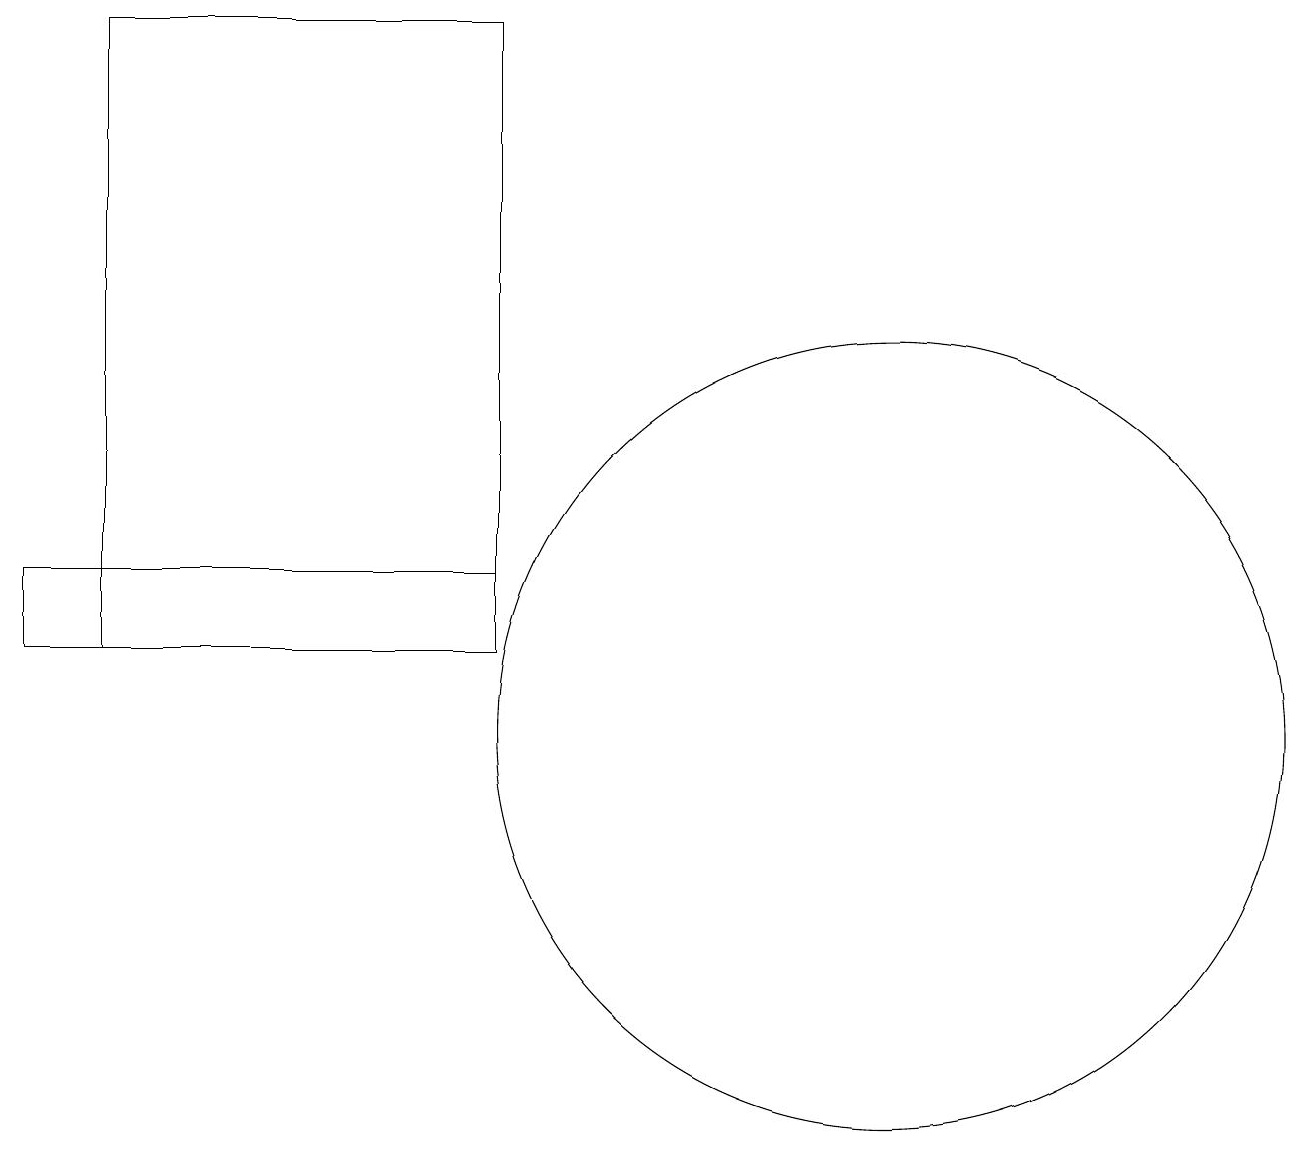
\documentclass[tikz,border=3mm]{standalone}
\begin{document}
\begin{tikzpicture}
\draw (2,19) rectangle (7,11);
\draw (12,12) circle (0);
\draw (12,10) circle (5);
\draw (7,12) rectangle (1,11);
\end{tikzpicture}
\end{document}